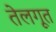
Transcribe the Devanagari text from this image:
तेलगूत